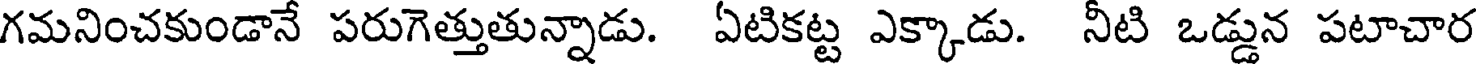
గమనించకుండానే పరుగెత్తుతున్నాడు. ఏటికట్ట ఎక్కాడు. నీటి ఒడ్డున పటాచార